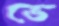
ভে